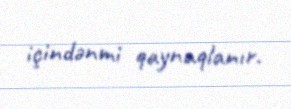
içindənmi qaynaqlanır.